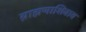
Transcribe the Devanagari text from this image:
ब्राह्मणाशिवाय